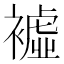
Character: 𧝔